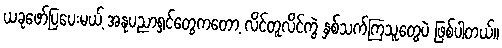
ယခုဖော်ပြပေးမယ့် အနုပညာရှင်တွေကတော့ လိင်တူလိင်ကွဲ နှစ်သက်ကြသူတွေပဲ ဖြစ်ပါတယ်။